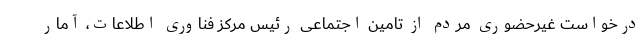
درخواست غیرحضوری مردم از تامین اجتماعی رئیس مرکز فناوری اطلاعات، آمار